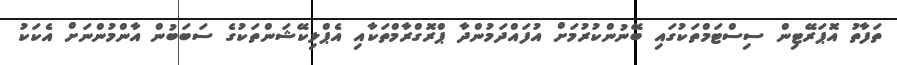
ތަފާތު އޮޕަރޭޓިން ސިސްޓަމްތަކުގައި ބޭނުންކުރުމަށް އުފައްދަމުންދާ ޕްރޮގްރާމްތަކާއި އެޕްލިކޭޝަންތަކުގެ ސަބަބުން އާންމުންނަށް އެކަކު